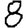
Digit: 8